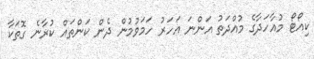
ކިއޯޓޯ މުއާހަދާގެ މުއްދަތު އަންނަ އަހަރު ހަމަވުމުން ދެން ކަންތައް ކުރާނެ ގޮތަކާ